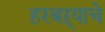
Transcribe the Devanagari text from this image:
हरबऱ्याचे